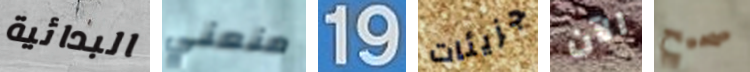
البدائية منعني 19 جزيئات الآن صحيح